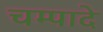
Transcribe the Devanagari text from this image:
चम्पादे